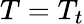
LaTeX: T=T_{t}